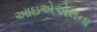
આઇએએલના